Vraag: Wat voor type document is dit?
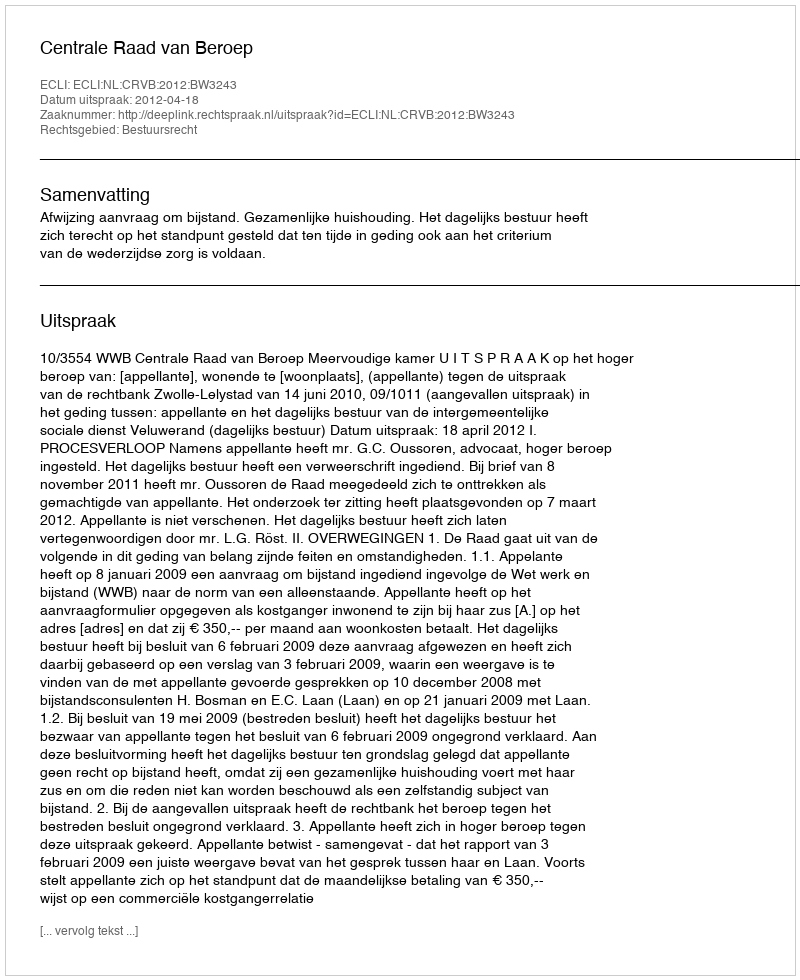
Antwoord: Uitspraak